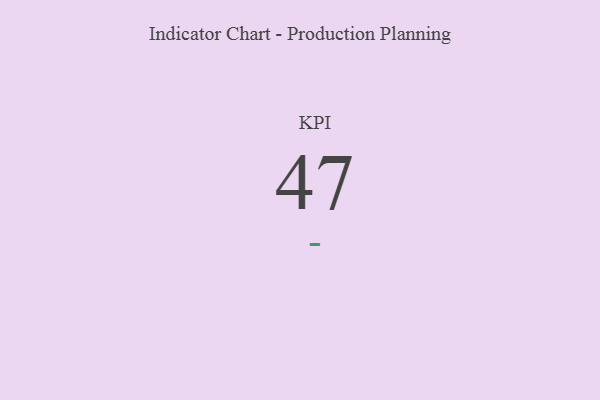
{"axis": {"x": "KPI", "y": "Value"}, "legend": [""], "data": [{"x": "KPI", "y": 47, "type": ""}]}